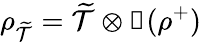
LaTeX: \rho_{\mathcal{\widetilde{T}}}=\mathcal{\widetilde{T}}\otimes\mathbb{1}(\rho^{+})